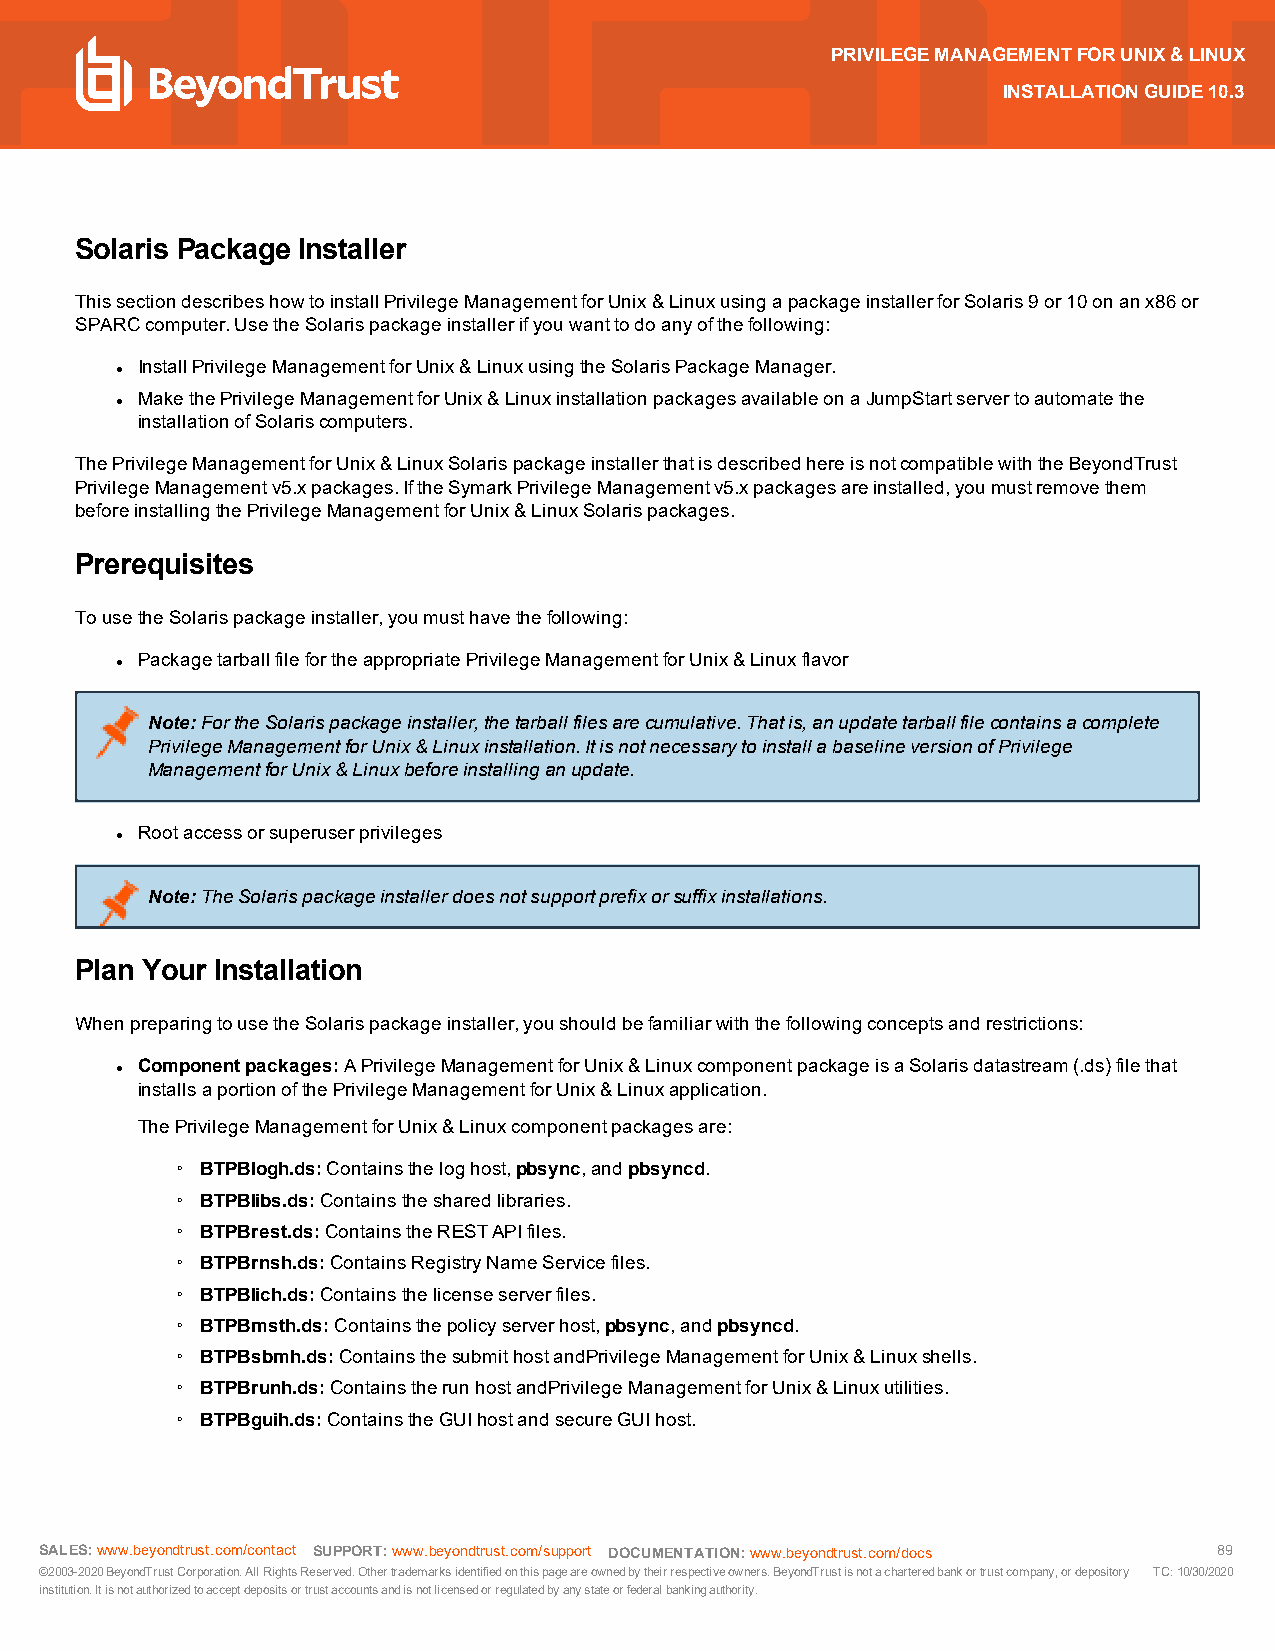
PRIVILEGEMANAGEMENTFORUNIX&LINUX
 INSTALLATIONGUIDE10.3
 Solaris Package Installer
 ThissectiondescribeshowtoinstallPrivilegeManagementforUnix&LinuxusingapackageinstallerforSolaris9or10onanx86or
 SPARCcomputer.UsetheSolarispackageinstallerifyouwanttodoanyofthefollowing:
 InstallPrivilegeManagementforUnix&LinuxusingtheSolarisPackageManager.
 l
 MakethePrivilegeManagementforUnix&LinuxinstallationpackagesavailableonaJumpStartservertoautomatethe
 l
 installationofSolariscomputers.
 ThePrivilegeManagementforUnix&LinuxSolarispackageinstallerthatisdescribedhereisnotcompatiblewiththeBeyondTrust
 PrivilegeManagementv5.xpackages.IftheSymarkPrivilegeManagementv5.xpackagesareinstalled,youmustremovethem
 beforeinstallingthePrivilegeManagementforUnix&LinuxSolarispackages.
 Prerequisites
 TousetheSolarispackageinstaller,youmusthavethefollowing:
 PackagetarballfilefortheappropriatePrivilegeManagementforUnix&Linuxflavor
 l
 Note:FortheSolarispackageinstaller,thetarballfilesarecumulative.Thatis,anupdatetarballfilecontainsacomplete
 PrivilegeManagementforUnix&Linuxinstallation.ItisnotnecessarytoinstallabaselineversionofPrivilege
 ManagementforUnix&Linuxbeforeinstallinganupdate.
 Rootaccessorsuperuserprivileges
 l
 Note:TheSolarispackageinstallerdoesnotsupportprefixorsuffixinstallations.
 Plan Your Installation
 WhenpreparingtousetheSolarispackageinstaller,youshouldbefamiliarwiththefollowingconceptsandrestrictions:
 Componentpackages: APrivilegeManagementforUnix&LinuxcomponentpackageisaSolarisdatastream(.ds)filethat
 l
 installsaportionofthePrivilegeManagementforUnix&Linuxapplication.
 ThePrivilegeManagementforUnix&Linuxcomponentpackagesare:
 o BTPBlogh.ds: Containstheloghost,pbsync,andpbsyncd.
 o BTPBlibs.ds:Containsthesharedlibraries.
 o BTPBrest.ds:ContainstheRESTAPIfiles.
 o BTPBrnsh.ds:ContainsRegistryNameServicefiles.
 o BTPBlich.ds:Containsthelicenseserverfiles.
 o BTPBmsth.ds:Containsthepolicyserverhost,pbsync,andpbsyncd.
 o BTPBsbmh.ds:ContainsthesubmithostandPrivilegeManagementforUnix&Linuxshells.
 o BTPBrunh.ds:ContainstherunhostandPrivilegeManagementforUnix&Linuxutilities.
 o BTPBguih.ds:ContainstheGUIhostandsecureGUIhost.
 SALES:www.beyondtrust.com/contact SUPPORT:www.beyondtrust.com/support DOCUMENTATION:www.beyondtrust.com/docs 89
 ©2003-2020BeyondTrustCorporation.AllRightsReserved.Othertrademarksidentifiedonthispageareownedbytheirrespectiveowners.BeyondTrustisnotacharteredbankortrustcompany,ordepository TC:10/30/2020
 institution.Itisnotauthorizedtoacceptdepositsortrustaccountsandisnotlicensedorregulatedbyanystateorfederalbankingauthority.